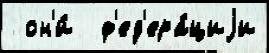
 он'и́  ф'ед'ера́циjи